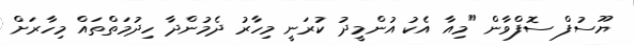
ޔޫސުފް ސޮފްވާން "މިއާ އެކު އުންމީދު ކުރަނީ މިހާރު ދެމުންދާ ހިދުމަތްތައް މިހާރަށް